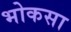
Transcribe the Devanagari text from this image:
भोकसा